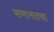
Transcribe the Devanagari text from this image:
समानतचा